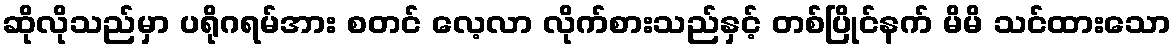
ဆိုလိုသည်မှာ ပရိုဂရမ်အား စတင် လေ့လာ လိုက်စားသည်နှင့် တစ်ပြိုင်နက် မိမိ သင်ထားသော